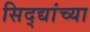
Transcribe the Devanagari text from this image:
सिद्द्यांच्या